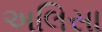
અલિસા